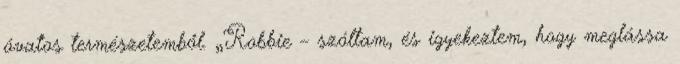
óvatos természetemből. „Robbie – szóltam, és igyekeztem, hogy meglássa